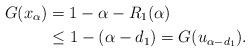
LaTeX: \begin{align*}G(x_{\alpha})&= 1-\alpha-R_1(\alpha) \\&\le 1-(\alpha -d_1)=G(u_{\alpha -d_1}).\end{align*}